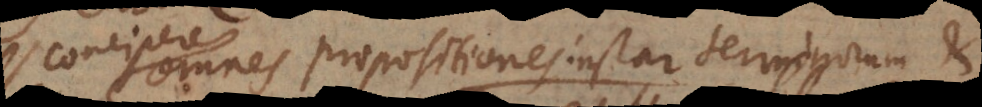
concipere omnes propositiones instar terminorum, et